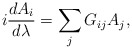
\begin{align*}i{dA_i\over d\lambda} =\sum_j G_{ij}A_j,\end{align*}